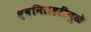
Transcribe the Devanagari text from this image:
ध्वनिलहरींमुळे